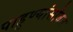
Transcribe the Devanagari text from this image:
पाहुण्यांसोबत